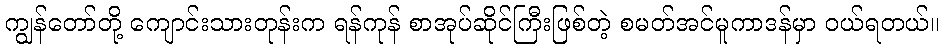
ကျွန်တော်တို့ ကျောင်းသားတုန်းက ရန်ကုန် စာအုပ်ဆိုင်ကြီးဖြစ်တဲ့ စမတ်အင်မူကာဒန်မှာ ဝယ်ရတယ်။